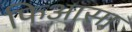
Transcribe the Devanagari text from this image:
फिआसा